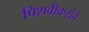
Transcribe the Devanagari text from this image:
पिशवीकरांचे